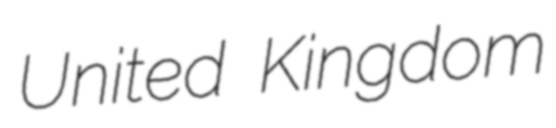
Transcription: United Kingdom